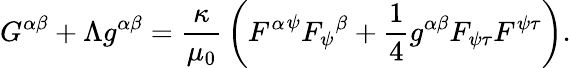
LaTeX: G^{\alpha\beta}+\Lambda g^{\alpha\beta}={\frac{\kappa}{\mu_{0}}}\left({F^{\alpha}}^{\psi}{F_{\psi}}^{\beta}+{\frac{1}{4}}g^{\alpha\beta}F_{\psi\tau}F^{\psi\tau}\right).